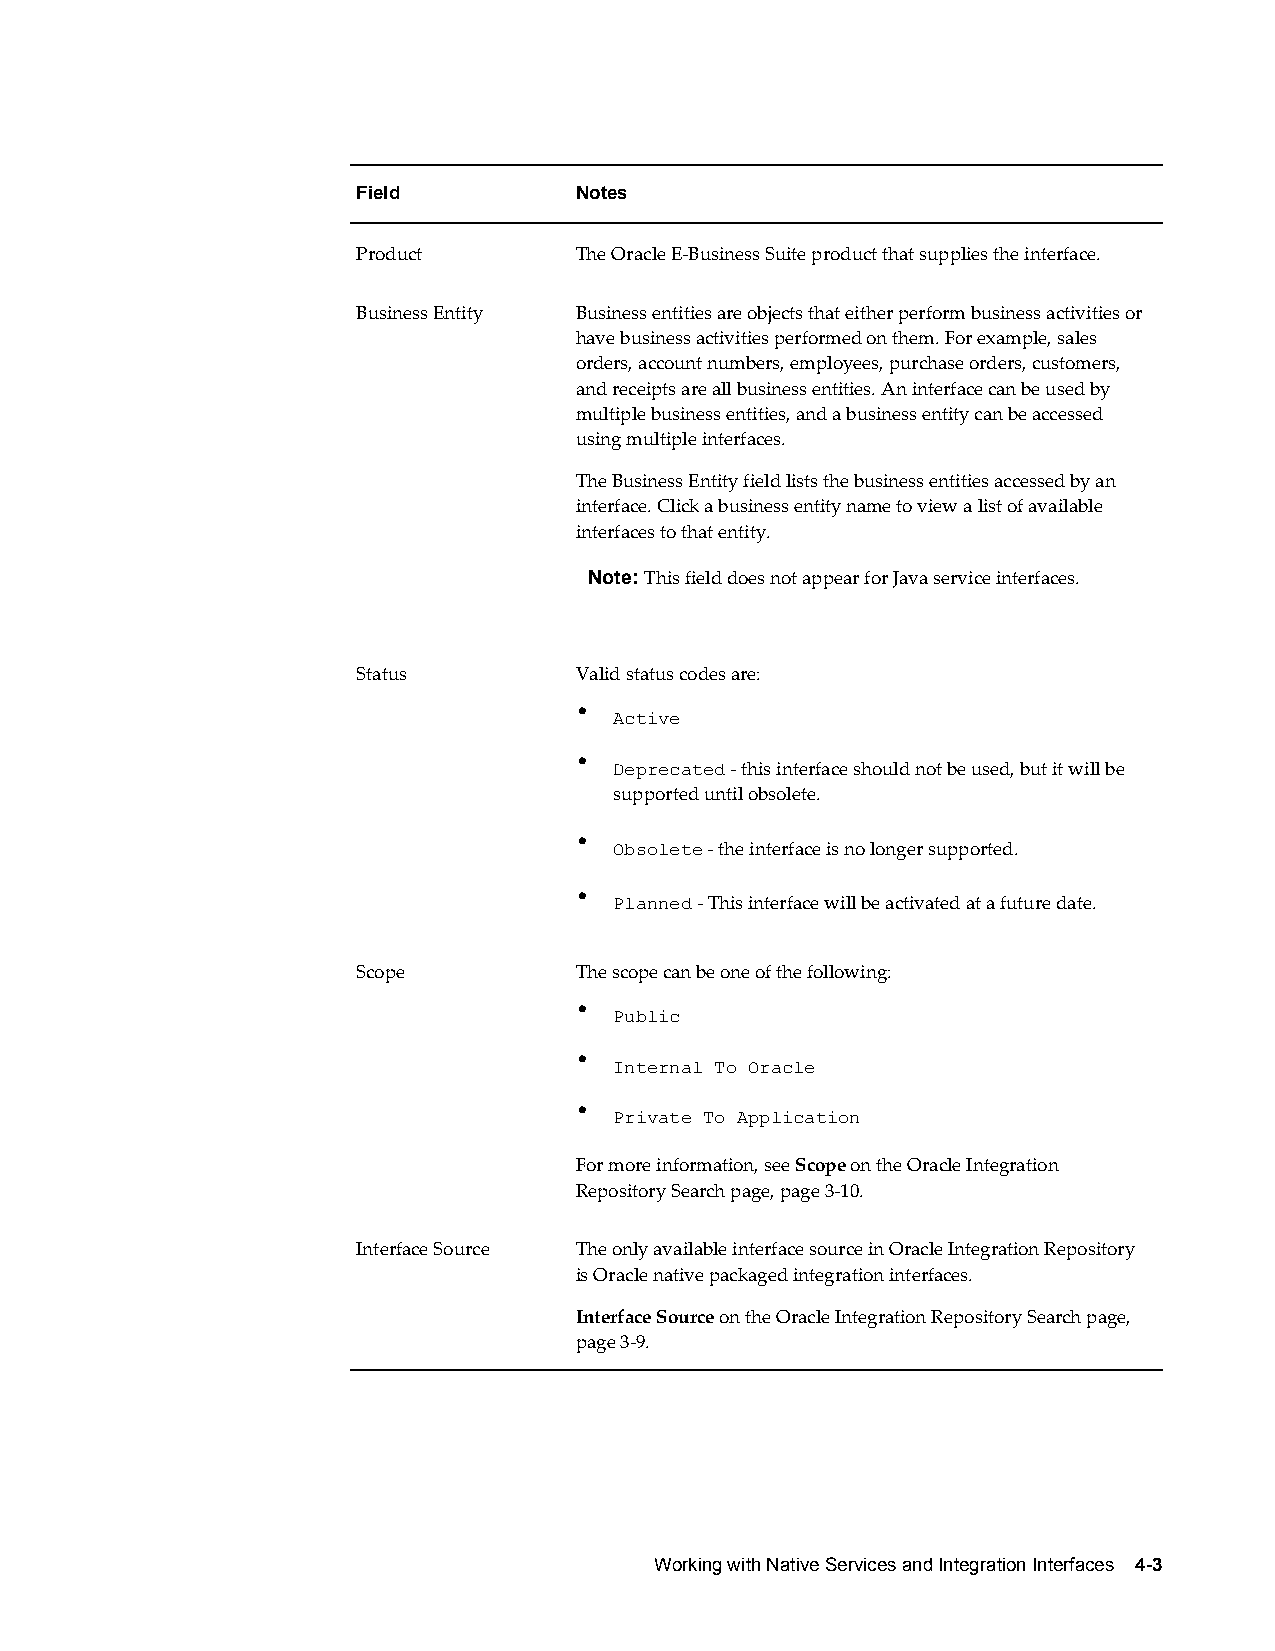
Field         Notes
 Product       The Oracle E-Business Suite product that supplies the interface.
 Business Entity Business entities are objects that either perform business activities or
 have business activities performed on them. For example, sales
 orders, account numbers, employees, purchase orders, customers,
 and receipts are all business entities. An interface can be used by
 multiple business entities, and a business entity can be accessed
 using multiple interfaces.
 The Business Entity field lists the business entities accessed by an
 interface. Click a business entity name to view a list of available
 interfaces to that entity.
 Note: This field does not appear for Java service interfaces.
 Status        Valid status codes are:
 •
 Active
 •
 Deprecated - this interface should not be used, but it will be
 supported until obsolete.
 •
 Obsolete - the interface is no longer supported.
 •
 Planned - This interface will be activated at a future date.
 Scope         The scope can be one of the following:
 •
 Public
 •
 Internal To Oracle
 •
 Private To Application
 For more information, see Scope on the Oracle Integration
 Repository Search page, page 3-10.
 Interface Source The only available interface source in Oracle Integration Repository
 is Oracle native packaged integration interfaces.
 Interface Source on the Oracle Integration Repository Search page,
 page 3-9.
 Working with Native Services and Integration Interfaces 4-3